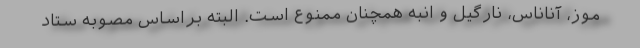
موز، آناناس، نارگیل و انبه همچنان ممنوع است. البته براساس مصوبه ستاد